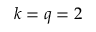
k = q = 2